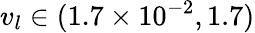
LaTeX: {v_{l}}\in(1.7\times{10^{-2}},1.7)